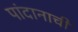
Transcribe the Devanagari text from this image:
पांदानाची